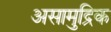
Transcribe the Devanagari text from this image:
असामुद्रिक